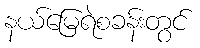
နယ်မြေရဲစခန်းတွင်